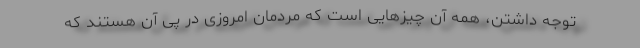
توجه داشتن، همه آن چیزهایی است که مردمان امروزی در پی آن هستند که